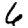
Digit: 6